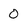
Character: 0